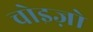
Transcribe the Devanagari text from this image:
चोइज़ो